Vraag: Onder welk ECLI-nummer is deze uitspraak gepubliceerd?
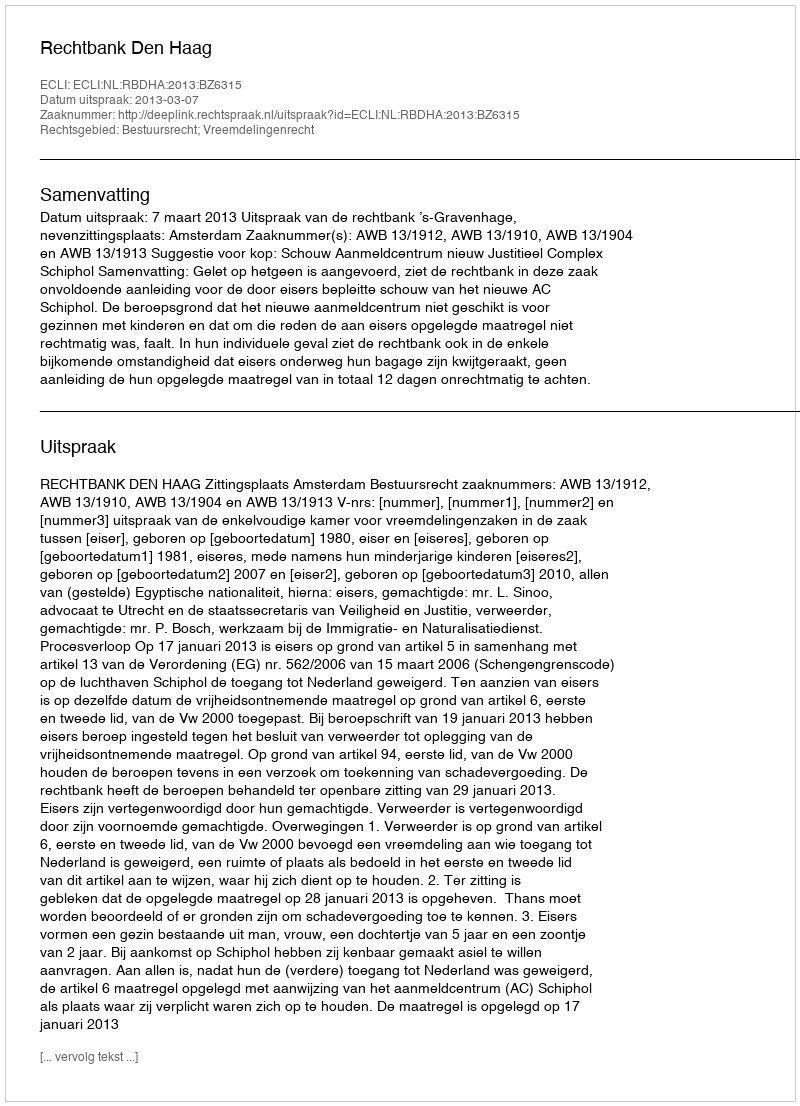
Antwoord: ECLI:NL:RBDHA:2013:BZ6315